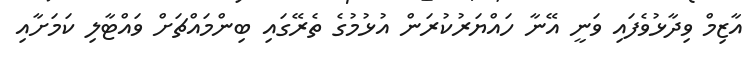
އާޒިމް ވިދާޅުވެފައި ވަނީ އޭނާ ހައްޔަރުކުރަން އުޅުމުގެ ތެރޭގައި ބިންމައްޗަށް ވައްޓާލި ކަމަށާއި